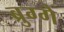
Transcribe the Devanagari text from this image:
ब्रुग्गे